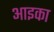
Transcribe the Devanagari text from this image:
आइका